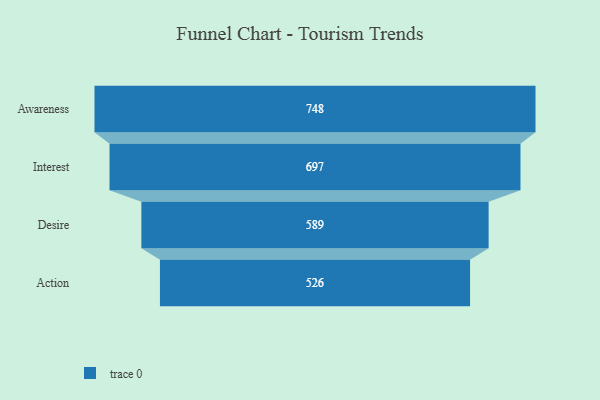
{"axis": {"x": "Stage", "y": "Value"}, "legend": [""], "data": [{"x": "Awareness", "y": 748.0, "type": ""}, {"x": "Interest", "y": 697.0, "type": ""}, {"x": "Desire", "y": 589.0, "type": ""}, {"x": "Action", "y": 526.0, "type": ""}]}